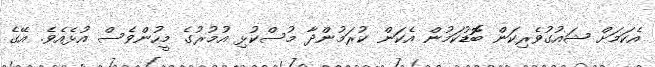
އެކަމަށް ޝައުގުވެރިކަން ބޮޮޑުކަމުން އެކަން ކުރަމުންދާ މުސްކުޅި އުމުރުގެ މީހުންވެސް އުޅެއެވެ. އޭގެ